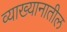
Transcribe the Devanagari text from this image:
व्याख्यानातील